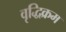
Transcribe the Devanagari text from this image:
वृद्धिक्रम